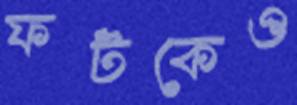
ফটকেও